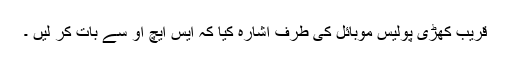
قریب کھڑی پولیس موبائل کی طرف اشارہ کیا کہ ایس ایچ او سے بات کر لیں ۔